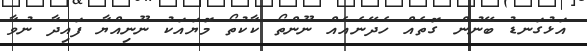
އަޅުގަނޑު ބޭނުން ގޮތެއް ހެދޭނެއެއް ނޫންތޯ ކާކުތޯ މޮޔައަކު ނޫނިއްޔާ ފައިދާ ނުވާ